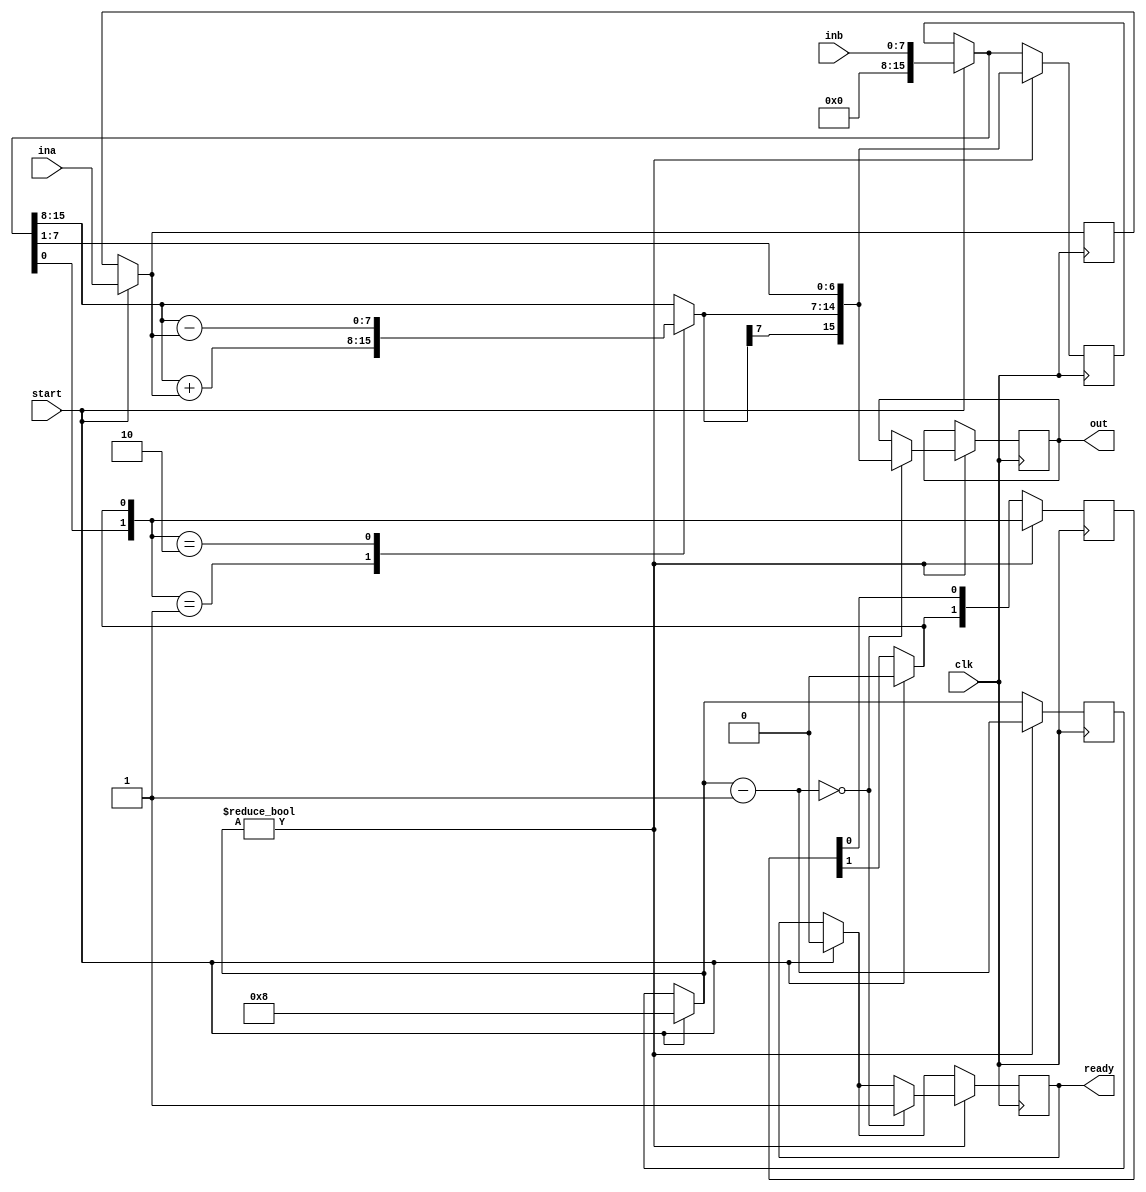
module radix_2_booth_multiplier(ina, inb, clk, start, out, ready);

    parameter WIDTH             = 8;

    input[WIDTH - 1: 0]         ina;
    input[WIDTH - 1: 0]         inb;
    input                       clk;
    input                       start;

    output reg[2*WIDTH-1: 0]    out;
    output reg                  ready;

    reg[2*WIDTH - 1:0]          partial_product;
    reg[4:0]                    bit_count;
    reg[WIDTH-1: 0]             multiplicand;

    always @(posedge clk)
    begin : mult_block
        reg[1:0] lsb;
        reg[WIDTH+1:0] term;
        if(start) begin
            ready           = 1'b0;
            bit_count       = WIDTH;
            partial_product = {{WIDTH{1'b0}}, inb};
            multiplicand    = ina;
            lsb[1]          = 1'b0;
        end

        if(bit_count != 4'b0) begin
            lsb = {partial_product[0],lsb[1]};
            
            case(lsb)
                2'b01 : partial_product[2*WIDTH-1:WIDTH] = partial_product[2*WIDTH-1:WIDTH] + multiplicand;
                2'b10 : partial_product[2*WIDTH-1:WIDTH] = partial_product[2*WIDTH-1:WIDTH] - multiplicand;
            endcase
            
            partial_product = {partial_product[2*WIDTH-1], partial_product[2*WIDTH-1:1]};
            bit_count       = bit_count - 1;

            if(bit_count == 4'b0) begin
                out = partial_product;
                ready = 1'b1;
            end
        end

    end

endmodule